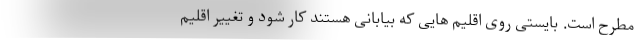
مطرح است. بایستی روی اقلیم هایی که بیابانی هستند کار شود و تغییر اقلیم